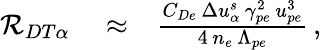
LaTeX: \begin{array}{rlr}{{\cal R}_{DT\alpha}}&{{}\approx}&{\frac{C_{De}\, \Delta u_{\alpha}^{s}\, \gamma_{pe}^{2}\, u_{pe}^{3}}{4\, n_{e}\, \Lambda_{pe}}\, ,}\end{array}